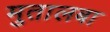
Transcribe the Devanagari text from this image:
मुतालबा